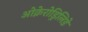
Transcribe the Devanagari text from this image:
ओक्नेरोड्रिलिडे